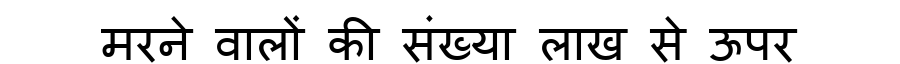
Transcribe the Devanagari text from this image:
मरने वालों की संख्या लाख से ऊपर